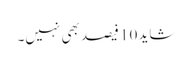
شاید 10 فیصد بھی نہیں۔